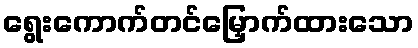
ရွေးကောက်တင်မြှောက်ထားသော